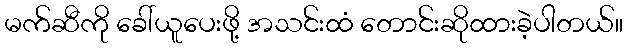
မက်ဆီကို ခေါ်ယူပေးဖို့ အသင်းထံ တောင်းဆိုထားခဲ့ပါတယ်။